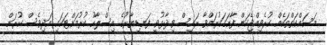
މަސައްކަތްތަކެއް ކުރެވިއްޖެކަން ފާހަގަކުރައްވާ ރައީސް ވިދާޅުވީ ފަނޑިޔާރުގެ އިސްލާހު ކުރުމަށްޓަކައި އަދިވެސް ކުރަން